Lunatic asylums Madras 1877-1891 - 1877-1891
Year: 1877
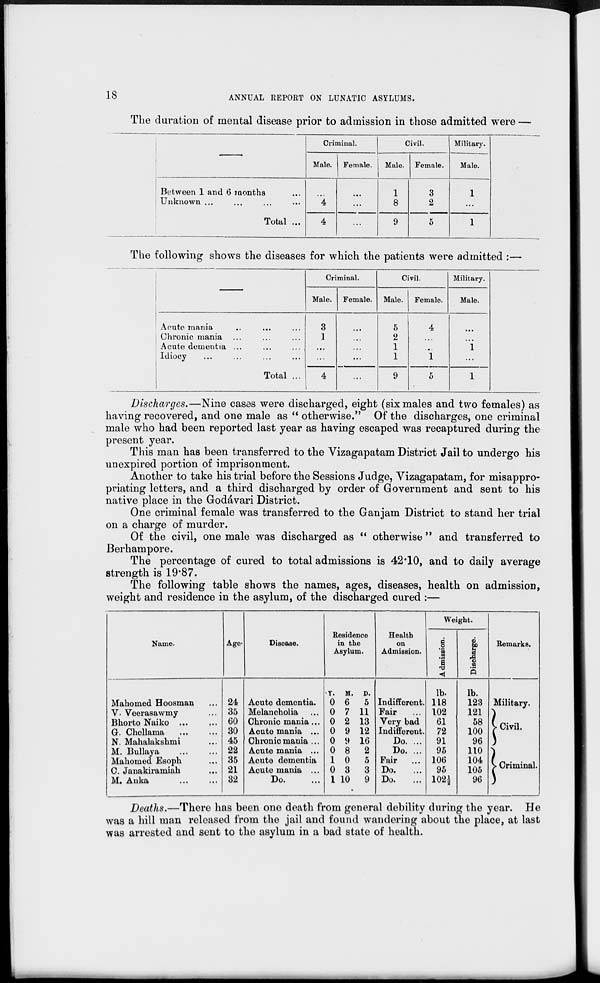
18
ANNUAL REPORT ON LUNATIC ASYLUMS.
The duration of mental disease prior to admission in those admitted were —
—
Between 1 and 6 months ...
Unknown ... ... ... ...
Total ...
Criminal.
Male.
...
4
4
Female.
...
...
...
Civil.
Male.
1
8
9
Female.
3
2
5
Military.
Male.
1
...
1
The following shows the diseases for which the patients were admitted :—
—
Acute mania ... ... ...
Chronic mania ... ... ...
Acute dementia ... ... ...
Idiocy ... ... ... ...
Total ...
Criminal.
Male.
3
1
...
...
4
Female.
...
...
...
...
...
Civil.
Male.
5
2
1
1
9
Female.
4
...
...
1
5
Military.
Male.
...
...
1
...
1
Discharges.—Nine cases were discharged, eight (six males and two females) as
having recovered, and one male as "otherwise." Of the discharges, one criminal
male who had been reported last year as having escaped was recaptured during the
present year.
This man has been transferred to the Vizagapatam District Jail to undergo his
unexpired portion of imprisonment.
Another to take his trial before the Sessions Judge, Vizagapatam, for misappro-
priating letters, and a third discharged by order of Government and sent to his
native place in the Godávari District.
One criminal female was transferred to the Ganjam District to stand her trial
on a charge of murder.
Of the civil, one male was discharged as "otherwise " and transferred to
Berhampore.
The percentage of cured to total admissions is 42.10, and to daily average
strength is 19.87.
The following table shows the names, ages, diseases, health on admission,
weight and residence in the asylum, of the discharged cured :—
Name.
Mahomed Hoosman ...
V. Veerasawmy ...
Bhorto Naiko ... ...
G. Chellama ... ...
N. Mahalakshmi ...
M. Bullaya ... ...
Mahomed Esoph ...
C. Janakiramiah ...
M. Anka
...
...
Age.
24
35
60
30
45
22
35
21
32
Disease.
Acute dementia.
Melancholia ...
Chronic mania ...
Acute mania ...
Chronic mania ...
Acute mania ...
Acute dementia
Acute mania ...
Do. ...
Residence
in the
Asylum.
Y.
0
0
0
0
0
0
1
0
1
M.
6
7
2
9
9
8
0
3
10
D.
5
11
13
12
16
2
5
3
9
Health
on
Admission.
Indifferent.
Fair ...
Very bad
Indifferent.
Do. ...
Do. ...
Fair ...
Do. ...
Do. ...
Weight.
Admission.
lb.
118
102
61
72
91
95
106
95
102½
Discharge.
lb.
123
121
58
100
96
110
104
105
96
Remarks.
Military.
Civil.
Criminal.
Deaths.—There has been one death from general debility during the year. He
was a hill man released from the jail and found wandering about the place, at last
was arrested and sent to the asylum in a bad state of health.